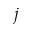
j